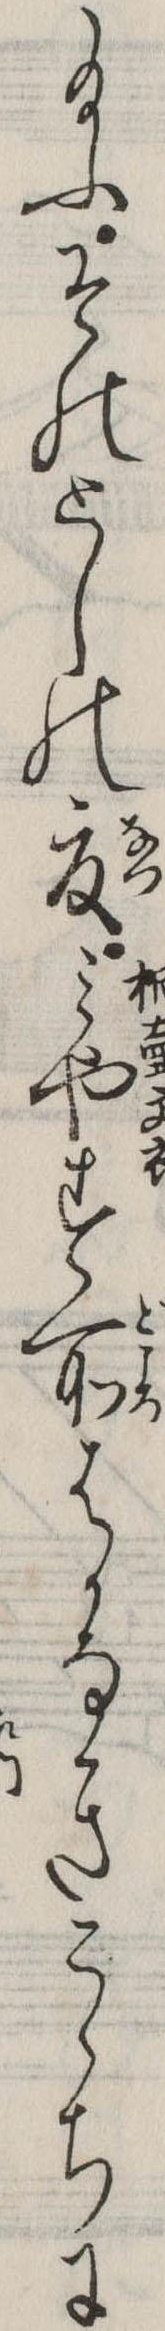
給ふそのとしの夏みやす所はかなきこゝちに